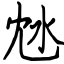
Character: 沊